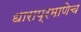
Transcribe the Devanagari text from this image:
धाराप्रमाणेच